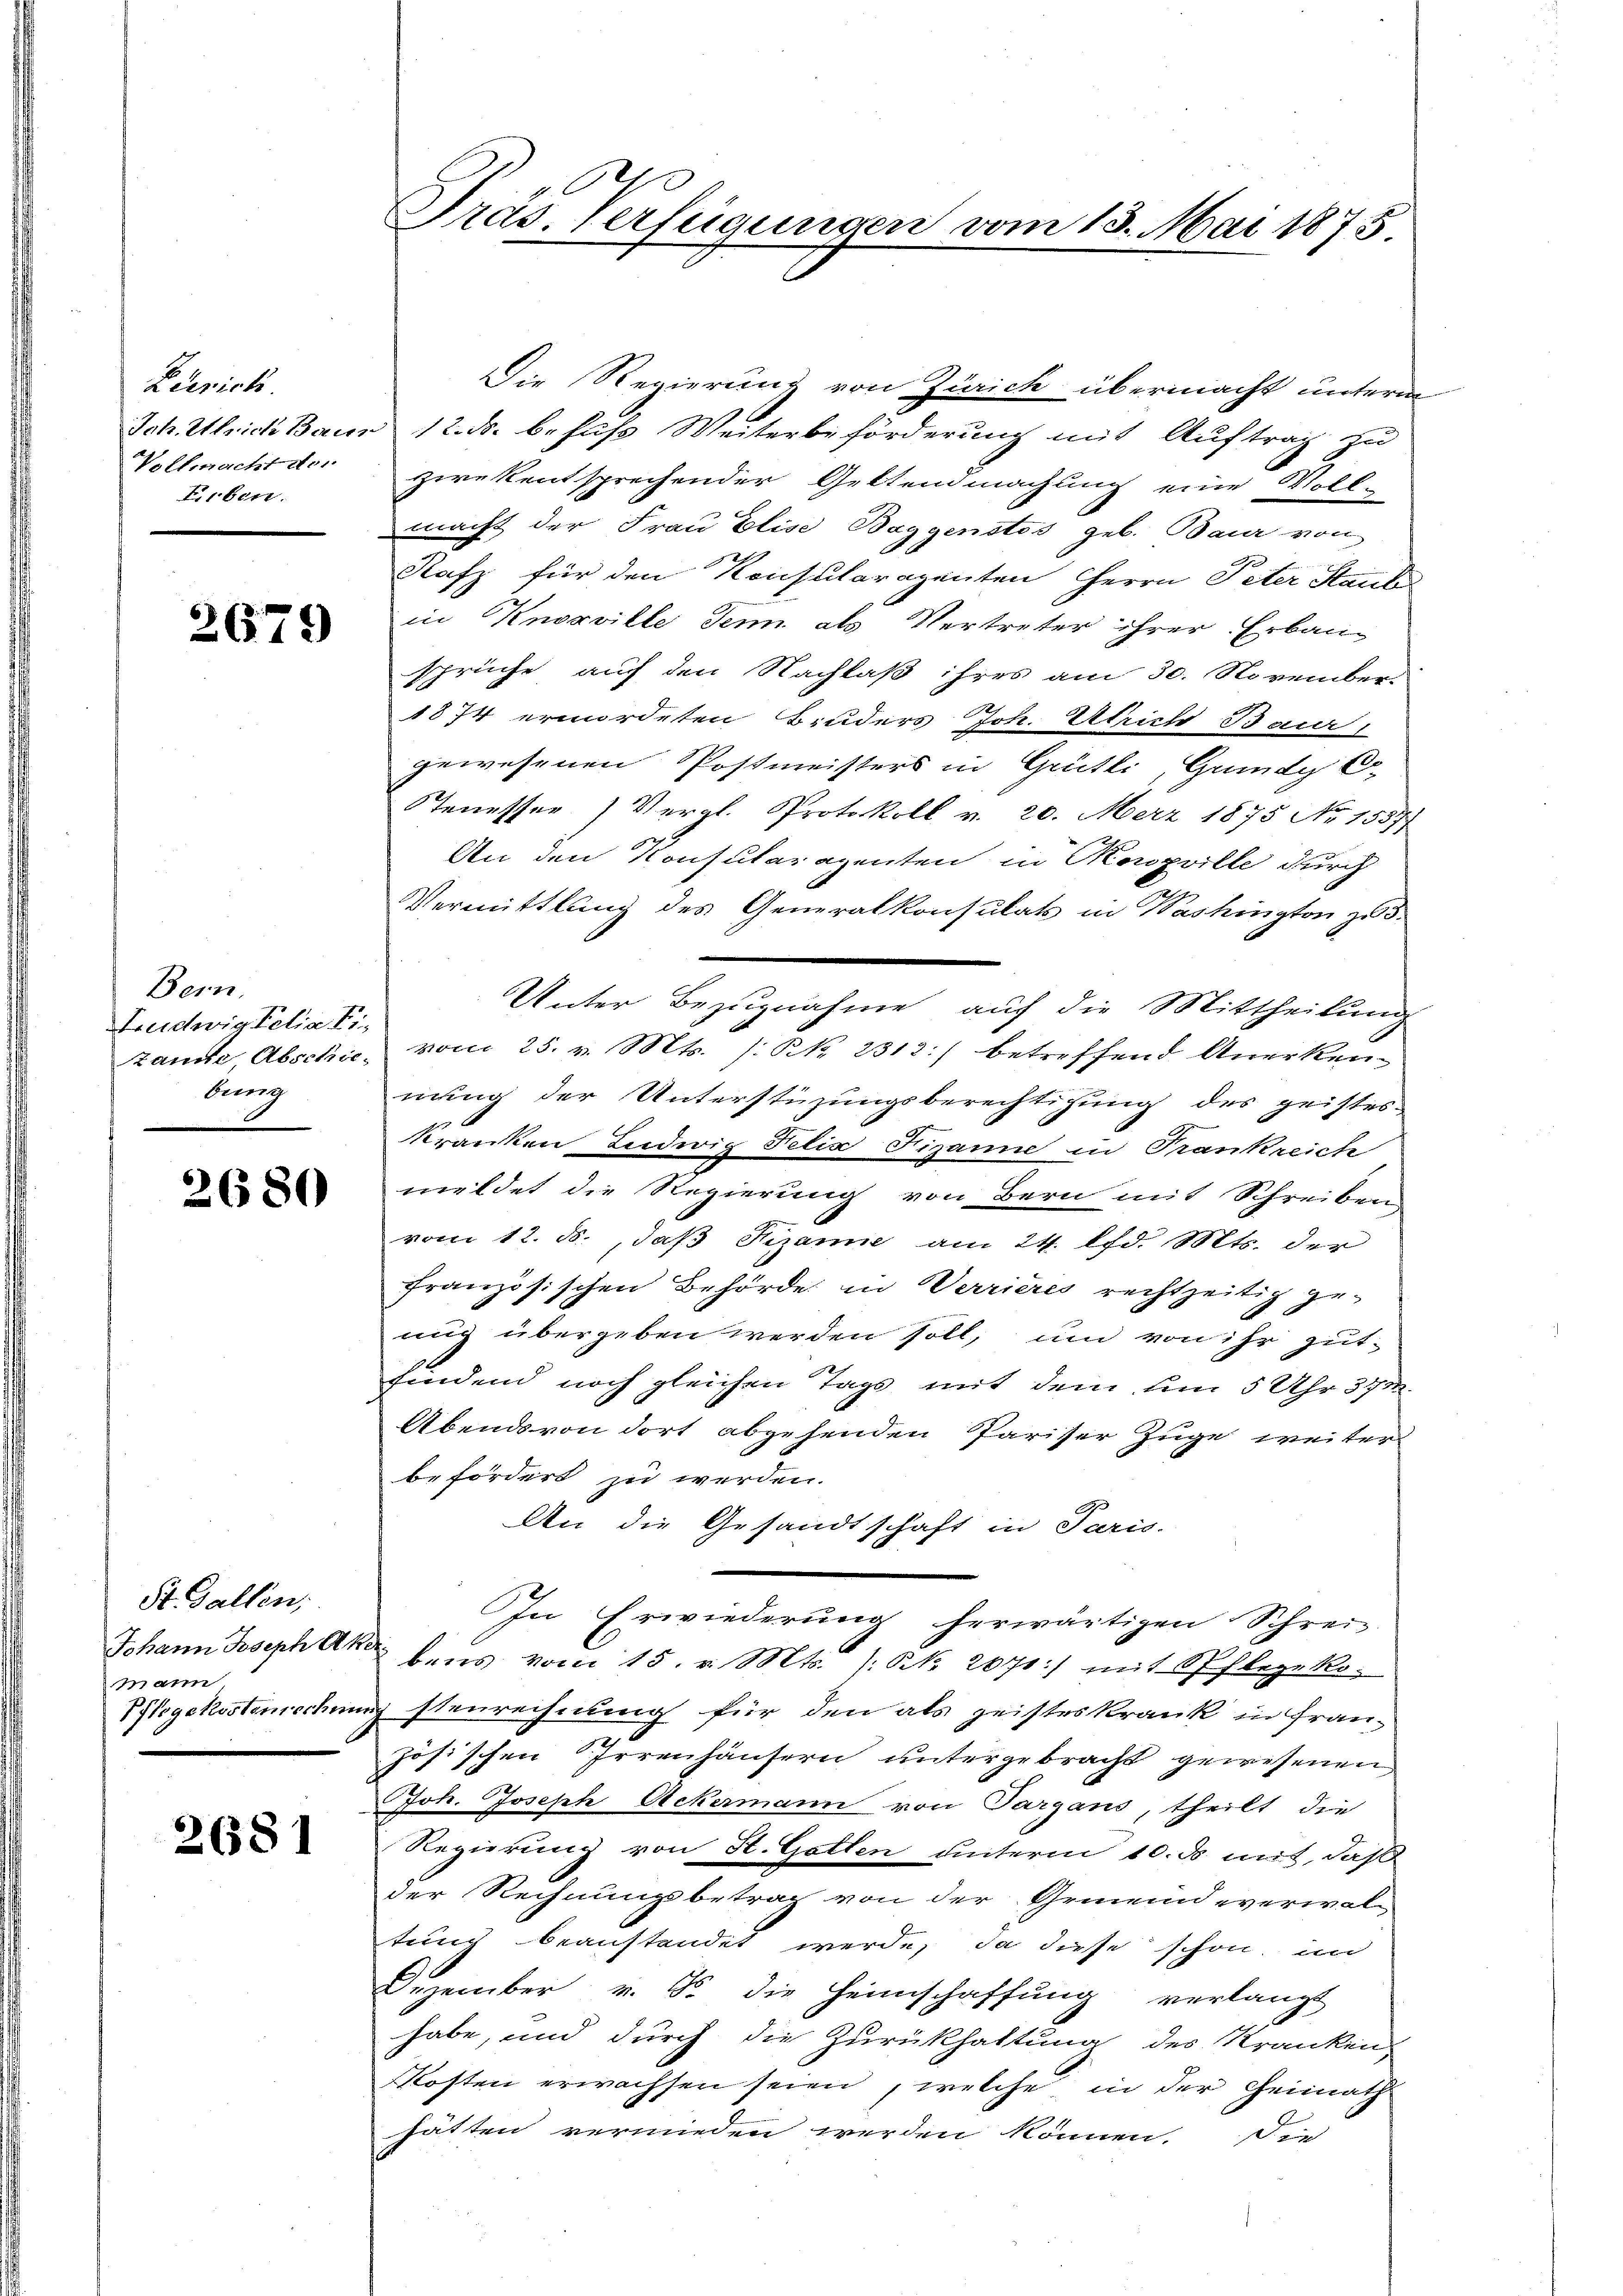
Zürich
Vollmacht der
Erben.

2679

Bern.
Ludwig Felix Fr.
bung

2680

St. Gallen,
Johann Joseph Ak.
mann

2681

Präs. Verfügungen vom 13. Mai 1875.

Die Regierung von Zürich übermacht unterm
Ich. Ulrich Bann 12. ds. befuß Weiterbeförderung mit Auftrag zu
zwekentsprechender Gettendmachung eine Voll-
macht der Frau Elise Baggenstos geb. Baur von
Rafz für den Konsularozenten Herrn Peter Staub
in Knoaville Senn als Vertreter ihrer Erbau-
sprüche auf den Nachlaß ihres am 30. November.
1874 ermordeten Bruders Joh. Ulrich Baur
gewesenen Postmeisters in Grütli, Grundy Co
Stenesser Vergl. Protokoll v. 20. Merz 1875 No 15571
An den Konsularazenten in Konzville durch
Vermittlung des Generalkonsulats in Washington zu 3.
Unter Bezugnahme auf die Mittheilung
zamte, Abschie, vom 25. v. Mts. /:Rk. 2313) betreffend Anerken-
nung der Unterstüzungsberechtigung des geistes-
ge
kranken Ludwig Felix Fizanne in Trankreich
meldet die Regierung von Bern mit Schreiben
vom 12. ds., daß Fizanne am 24. lfd. Mts. der
französischen Behörde in Verrieres rechtzeitig ge-
nig übergeben werden soll, und von ihr gutfindend noch gleichen Tags mit dem um 5 Uhr 371.
Abends von dort abgehenden Pariser Zuge weiter
befördert zu werden.
An die Gesandtschaft in Paris.
In Erwiederung herwärtigen Schrei-
bens vom 15. v. Mts. 1. No. 2070:/ mit Pflegeko
Pflegekosterrechung stenrechnung für den als geisteskrank in Fran-
zösischen Irrenhäusern untergebracht gewesenen
Joh. Joseph Ackermann von Targans, theilt die
Regierung von St. Gotten unterm 10. ds. mit, daß
der Rechnungsbetrag von der Gemeindeverwal-
tung beanstandet werde, da diese schon un
Dezember v. So die Heimschaffung verlangt
habe, und durch die Zurückhaltung des Kranken
Kosten erwachsen seien, welche in der Heimath
hätten vermieden werden können. Die